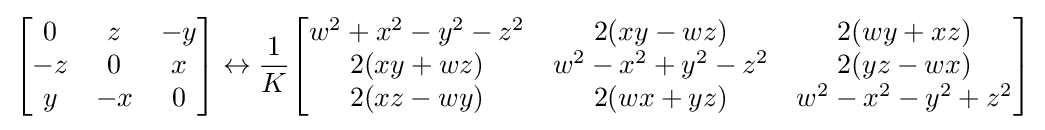
{\begin{bmatrix}0&z&-y\\-z&0&x\\y&-x&0\end{bmatrix}}\leftrightarrow {\frac {1}{K}}{\begin{bmatrix}w^{2}+x^{2}-y^{2}-z^{2}&2(xy-wz)&2(wy+xz)\\2(xy+wz)&w^{2}-x^{2}+y^{2}-z^{2}&2(yz-wx)\\2(xz-wy)&2(wx+yz)&w^{2}-x^{2}-y^{2}+z^{2}\end{bmatrix}}